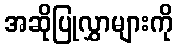
အဆိုပြုလွှာများကို